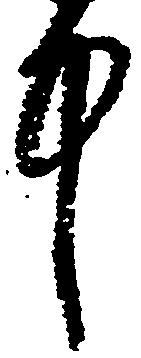
中